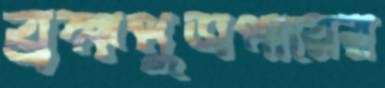
ব্রহ্মপুত্রপারের